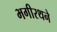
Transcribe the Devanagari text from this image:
भगीरथने